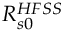
R _ { s 0 } ^ { H F S S }